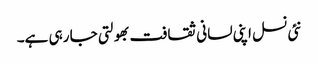
نئی نسل اپنی لسانی ثقافت بھولتی جا رہی ہے۔